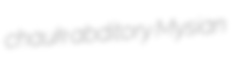
chauk abditory Mysian